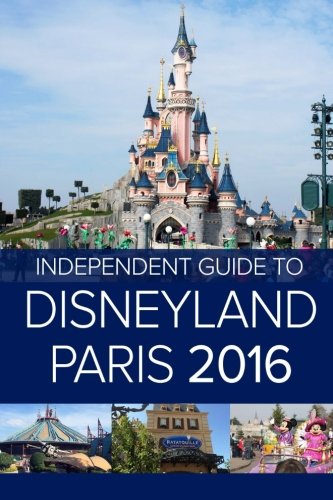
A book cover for The Independent Guide to Disneyland Paris 2016; Mr John Coast; Travel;